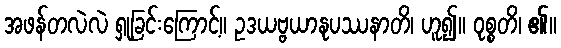
အဖန်တလဲလဲ ရှုခြင်းကြောင့်။ ဥဒယဗ္ဗယာနုပဿနာတိ၊ ဟူ၍။ ဝုစ္စတိ၊ ၏။